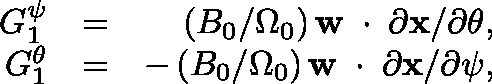
\begin{array} { r l r } { G _ { 1 } ^ { \psi } } & { = } & { ( B _ { 0 } / \Omega _ { 0 } ) \, { \bf w } \, \mathrm { \boldmath ~ \cdot ~ } \, \partial { \bf x } / \partial \theta , } \\ { G _ { 1 } ^ { \theta } } & { = } & { - \, ( B _ { 0 } / \Omega _ { 0 } ) \, { \bf w } \, \mathrm { \boldmath ~ \cdot ~ } \, \partial { \bf x } / \partial \psi , } \end{array}